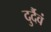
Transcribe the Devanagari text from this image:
दुर्दैवं